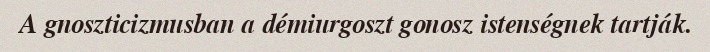
A gnoszticizmusban a démiurgoszt gonosz istenségnek tartják.